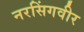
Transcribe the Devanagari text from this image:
नरसिंगवीर